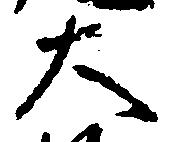
大